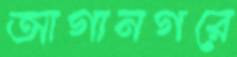
আগানগরে